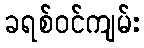
ခရစ်ဝင်ကျမ်း